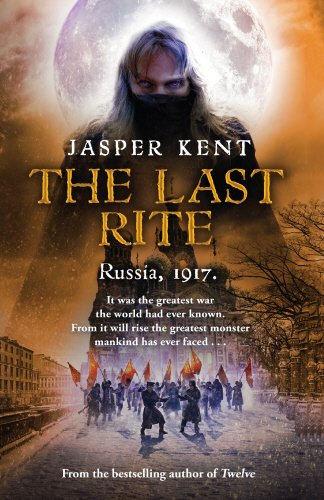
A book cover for The Last Rite; Jasper Kent; Literature & Fiction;